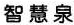
智慧泉